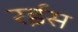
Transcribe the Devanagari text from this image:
रर्इस